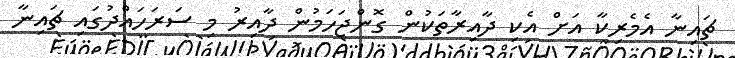
ޗައިނާ އެމެރިކާ އަށް އެކި ދާއިރާތަކުން ގޮންޖަހަމުން ދާއިރު މި ސަރަހައްދުގައި ޗައިނާ